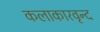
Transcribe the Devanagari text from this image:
कलाकारवृन्द